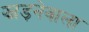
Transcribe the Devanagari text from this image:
झाड़नेवाला